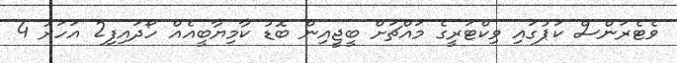
ވެޓެރަންސް ކަޕުގައި ވިކްޓަރީގެ މައްޗަށް ބީޖީއިން ބޮޑު ކާމިޔާބީއެއް ހޯދައިފި2 އަހަރު 4